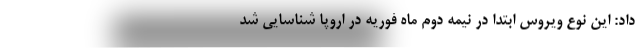
داد: این نوع ویروس ابتدا در نیمه دوم ماه فوریه در اروپا شناسایی شد